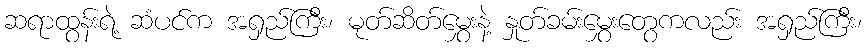
ဆရာထွန်းရဲ့ ဆံပင်က အရှည်ကြီး၊ မုတ်ဆိတ်မွှေးနဲ့ နှုတ်ခမ်းမွှေးတွေကလည်း အရှည်ကြီး၊